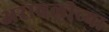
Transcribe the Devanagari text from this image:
अरावलीच्या